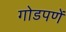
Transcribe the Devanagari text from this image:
गोडपणें